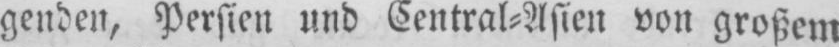
Persien und Central⸗Asien von großem